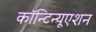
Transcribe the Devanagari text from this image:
कॉन्‍टिन्‍यूएशन